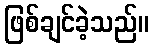
ဖြစ်ချင်ခဲ့သည်။